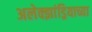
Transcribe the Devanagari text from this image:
अलेक्झांड्रियाच्या